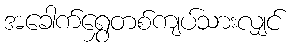
အခေါက်ရွှေတစ်ကျပ်သားလျှင်